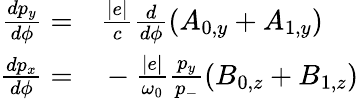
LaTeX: \begin{array}{rl}{\frac{dp_{y}}{d\phi}=}&{{}\frac{|e|}{c}\frac{d}{d\phi}(A_{0,y}+A_{1,y})}\\ {\frac{dp_{x}}{d\phi}=}&{{}-\frac{|e|}{\omega_{0}}\frac{p_{y}}{p_{-}}(B_{0,z}+B_{1,z})}\end{array}